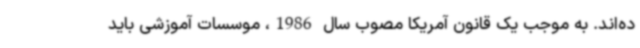
ده‌اند. به موجب یک قانون آمریکا مصوب سال 1986، موسسات آموزشی باید